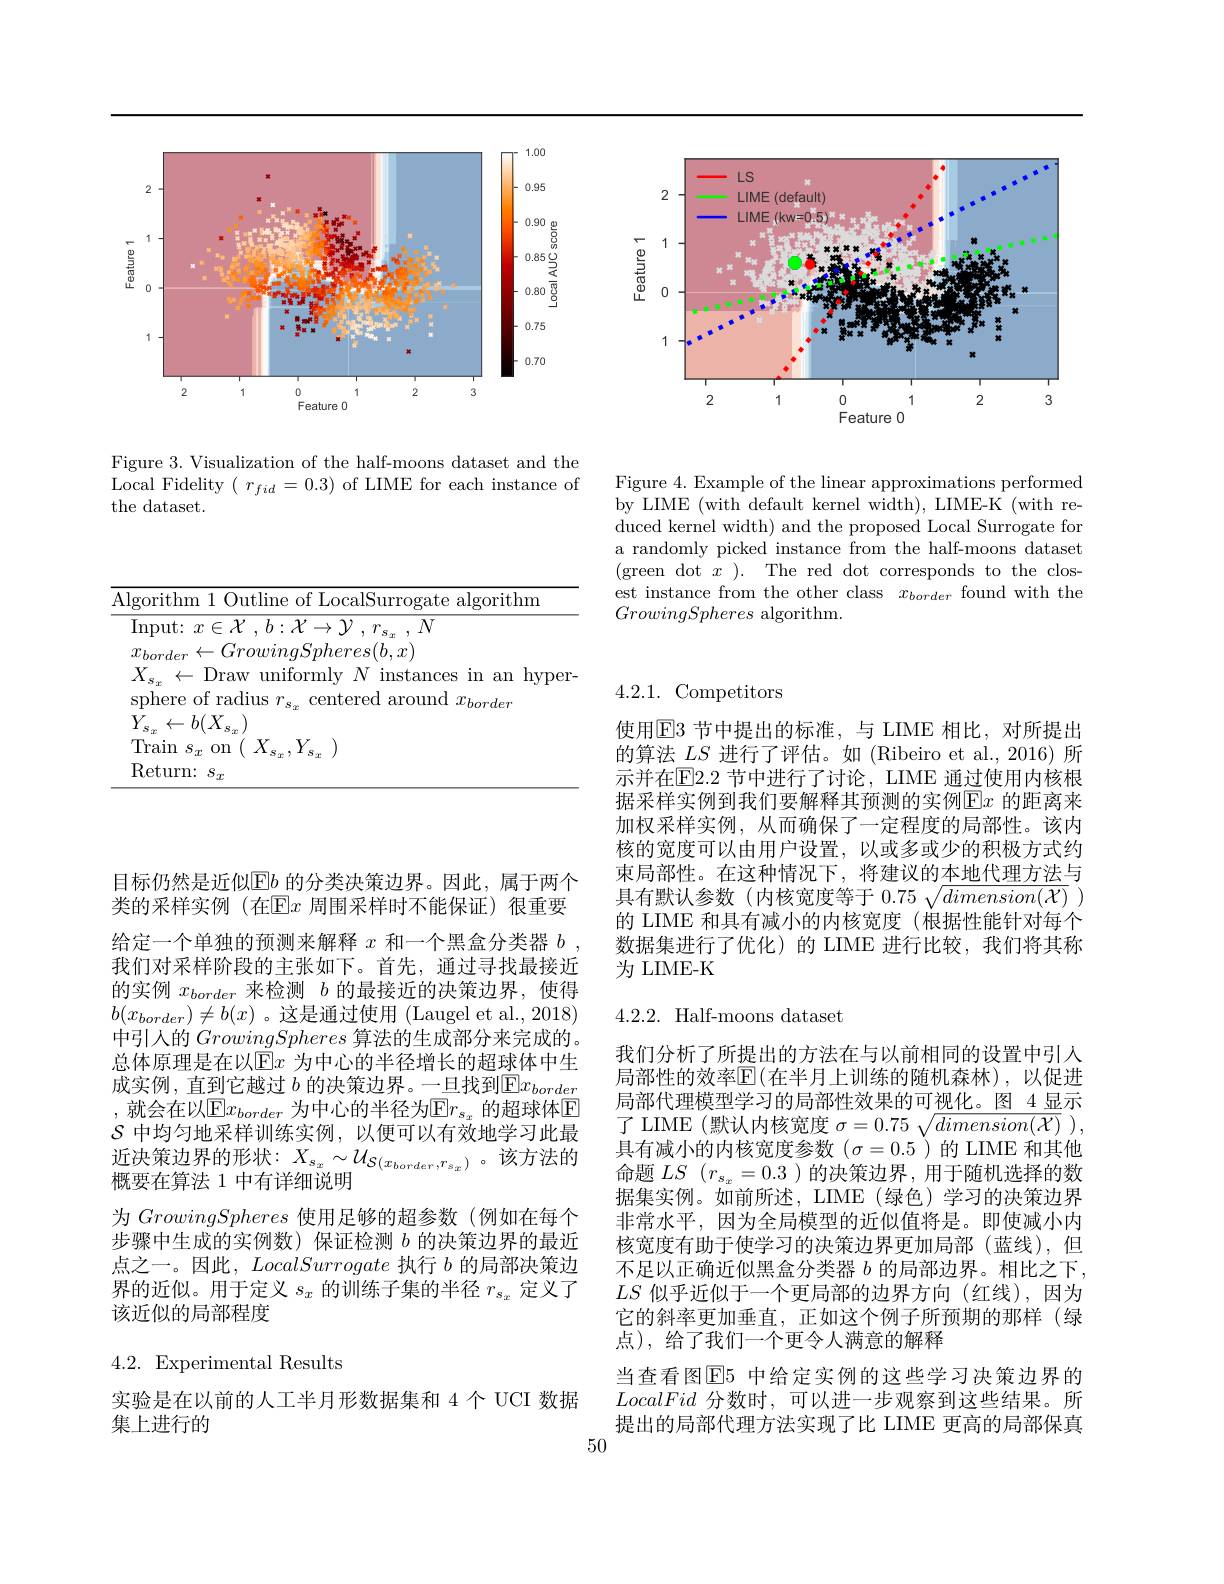
<FigureHere>

Figure 3. Visualization of the half-moons dataset and the Local Fidelity $(r_{fid}=0.3)$ of LIME for each instance of the dataset.

<FigureHere>

Figure 4. Example of the linear approximations performed by LIME (with default kernel width), LIME-K (with reduced kernel width) and the proposed Local Surrogate for a randomly picked instance from the half-moons dataset (green dot $x) .$ The red dot corresponds to the closest instance from the other class $x_border$ found with the GrowingSpheres algorithm.

<table>
	<tbody>
		<tr>
			<td>$\overline{\mathrm{A}}$</td>
			<td>m 1 Outline of LocalSurrogate algorithm</td>
		</tr>
		<tr>
			<td> </td>
			<td>$x\in \mathcal{X}$ , $b: \mathcal{X} \to \mathcal{Y}$ , $T_{s}$ $,N$</td>
		</tr>
	</tbody>
</table>

目标仍然是近似$\operatorname{E}b$ 的分类决策边界。因此，属于两个类的采样实例(在E$x$ 周围采样时不能保证)很重要给定一个单独的预测来解释$x$和一个黑盒分类器$b$ 我们对采样阶段的主张如下。首先，通过寻找最接近的实例$x_{border}$来检测$b$的最接近的决策边界，使得$b(x_{border})\neq b(x)$。这是通过使用 (Laugel et al., 2018) 中引人的GrowingSpheres算法的生成部分来完成的。总体原理是在以E$x$ 为中心的半径增长的超球体中生成实例，直到它越过 $b$ 的决策边界。一旦找到$\overline{\mathrm{E}}x_{border}$ ,就会在以$\mathbb{E}x_border$ 为中心的半径为$\mathbb{E}r_s_x$ 的超球体$\mathbb{E}$ $\mathcal{S}$中均匀地采样训练实例，以便可以有效地学习此最近决策边界的形状$:X_{s_x}\sim\mathcal{U}_{\mathcal{S}(x_{border},r_{s_x})}$。该方法的概要在算法 1 中有详细说明
为 GrowingSpheres 使用足够的超参数(例如在每个步骤中生成的实例数)保证检测$b$的决策边界的最近点之一。因此，LocalSurrogate执行$b$的局部决策边界的近似。用于定义$s_x$的训练子集的半径$r_s_x$定义了该近似的局部程度

## 4.2.Experimental Results

实验是在以前的人工半月形数据集和 4 个 UCI 数据
集上进行的

4.2.1. Competitors

使用$\operatorname{E}$3 节中提出的标准，与 LIME 相比，对所提出的算法$LS$进行了评估。如 (Ribeiro et al.,2016)所示并在E2.2 节中进行了讨论，LIME 通过使用内核根据采样实例到我们要解释其预测的实例$\operatorname{Ex}$ 的距离来加权采样实例，从而确保了一定程度的局部性。该内核的宽度可以由用户设置，以或多或少的积极方式约束局部性。在这种情况下，将建议的本地代理方法与具有默认参数(内核宽度等于$0.75\sqrt dimension(\mathcal{X})$ 的 LIME 和具有减小的内核宽度 (根据性能针对每个数据集进行了优化)的 LIME 进行比较，我们将其称为 LIME-K

## 4.2.2. Half-moons dataset

我们分析了所提出的方法在与以前相同的设置中引人局部性的效率$\mathbb{E}($在半月上训练的随机森林),以促进局部代理模型学习的局部性效果的可视化。图 4 显示了 LIME (默认内核宽度$\sigma=0.75\sqrt dimension(\mathcal{X})$ ) 具有减小的内核宽度参数($\sigma=0.5$)的 LIME 和其他命题$LS$ $(r_s_x=0.3$ )的决策边界，用于随机选择的数据集实例。如前所述，LIME(绿色)学习的决策边界非常水平，因为全局模型的近似值将是。即使减小内核宽度有助于使学习的决策边界更加局部(蓝线),但不足以正确近似黑盒分类器$b$的局部边界。相比之下， $LS$似乎近似于一个更局部的边界方向(红线),因为它的斜率更加垂直，正如这个例子所预期的那样(绿点), 给了我们一个更令人满意的解释
当查看图$\overline{\mathrm{E}}5$ 中给定实例的这些学习决策边界的LocalFid分数时，可以进一步观察到这些结果。所

提出的局部代理方法实现了比 LIME 更高的局部保真

50